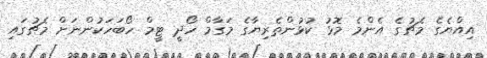
އިއްޔެގެ މެޗުގެ އެންމެ މޮޅު ކުޅުންތެރިޔާގެ މަގާމް ހޯދީ ޓީމް ހޯބަހަކުންނަށް މެޗުގައި